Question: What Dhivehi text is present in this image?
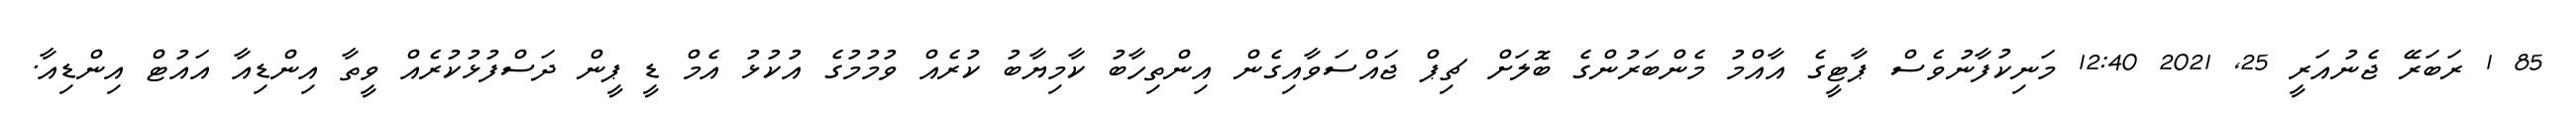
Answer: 85 1 ރަބަރޭ ޖެނުއަރީ 25, 2021 12:40 މަނިކުފާނުވެސް ޕާޓީގެ އާއްމު މެންބަރުންގެ ބޮލަށް ޗިޕް ޖައްސަވާއިގެން އިންތިހާބު ކާމިޔާބު ކުރެއް ވުމުމުގެ އުކުޅު އެމް ޑީ ޕީން ދަސްފުޅުކުރެއް ވީތާ އިންޑިއާ އައުޓް އިންޑިއާ.